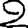
Digit: 2